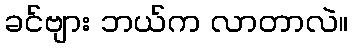
ခင်ဗျား ဘယ်က လာတာလဲ။